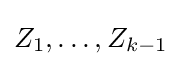
Z_{1},\ldots ,Z_{k-1}